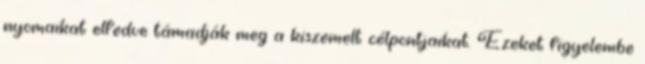
nyomaikat elfedve támadják meg a kiszemelt célpontjaikat. Ezeket figyelembe